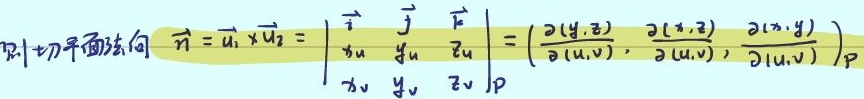
则切平面法向 $\vec{n}=\vec{u}_{1}\times\vec{u}_{2}=\begin{vmatrix}\vec{i}&\vec{j}&\vec{k}\\ x_{u}&y_{u}&z_{u}\\ x_{v}&y_{v}&z_{v}\end{vmatrix}_{P}=\left(\frac{\partial(y,z)}{\partial(u,v)},\frac{\partial(x,z)}{\partial(u,v)},\frac{\partial(x,y)}{\partial(u,v)}\right)_{P}$